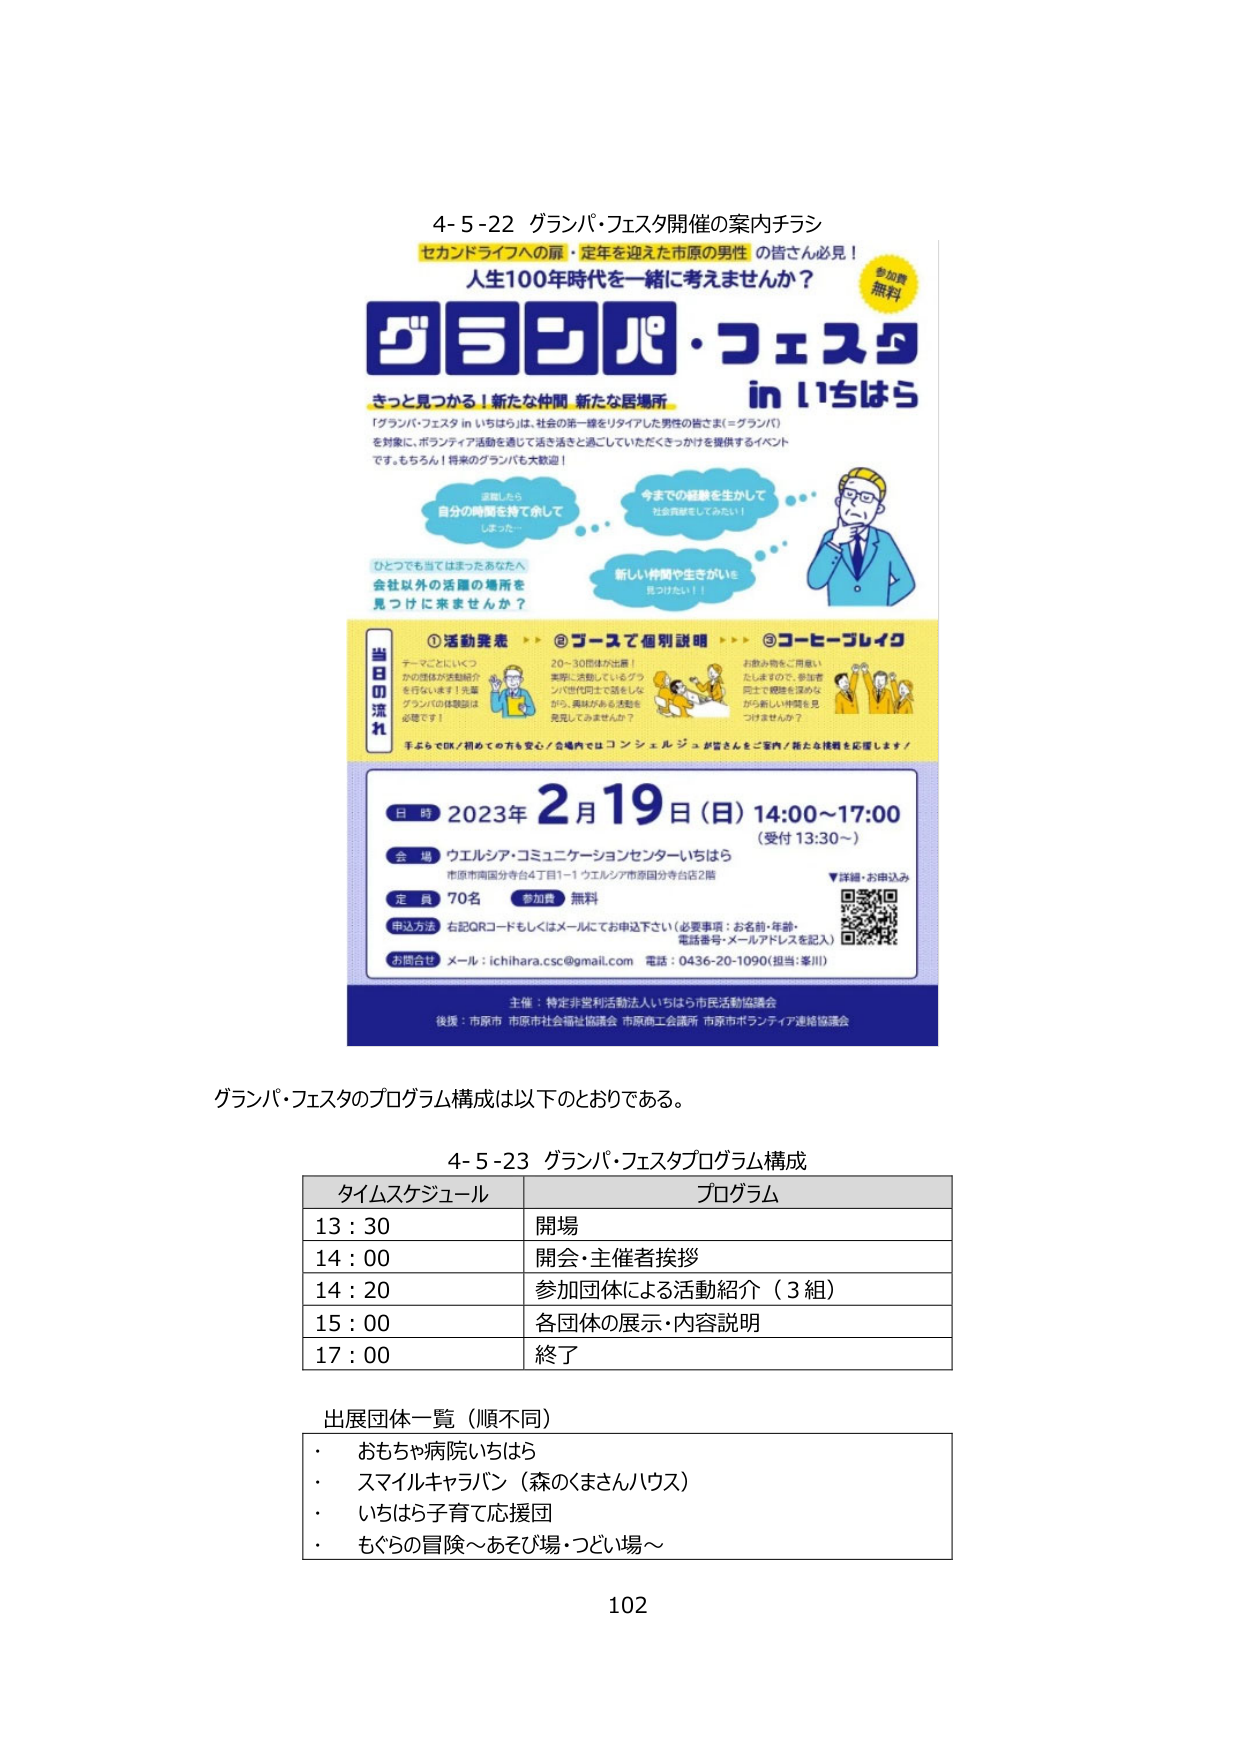
4-5-22 グランパ・フェスタ開催の案内チラシ
セカンドライフへの扉・定年を迎えた市原の男性 の皆さん必見！
人生100年時代を一緒に考えませんか？
参加費 無料

グランパ・フェスタ
in いちはら

きっと見つかる！新たな仲間 新たな居場所
「グランパ・フェスタ in いちはら」は、社会の第一線をリタイアした男性の皆さま（＝グランパ）を対象に、ボランティア活動を通じて活き活きと過ごしていただくきっかけを提供するイベントです。もちろん！将来的のグランパも大歓迎！

退職したら
自分の時間を持て余して
しまった…

今までの経験を生かして
社会貢献をしてみたい！

ひとつでも当てはまったあなたへ
会社以外の活躍の場所を
見つけに来ませんか？

新しい仲間や生きがいを
見つけたい！！

当日の流れ
① 活動発表
テーマごとにいくつかの団体が活動紹介を行います！先輩グランパの体験談は必聴です！

② ブースで個別説明
20～30団体が出展！実際に活動しているグランパ世代同士で話をしてみながら、興味のある活動を発見してみませんか？

③ コーヒーブレイク
お飲み物をご用意いたしますので、参加者同士で親睦を深めながら新しい仲間を見つけませんか？

手ぶらでOK／初めての方も安心／会場内ではコンシェルジュが皆さんをご案内／新たな挑戦を応援します！

日 時 2023年2月19日（日）14:00～17:00 （受付 13:30～）
会 場 ウエルシア・コミュニケーションセンターいちはら
市原市南国分寺台4丁目1-1 ウエルシア市原国分寺台店2階
定 員 70名 参加費 無料
申込方法 右記QRコードもしくはメールにてお申込下さい（必要事項：お名前・年齢・電話番号・メールアドレスを記入）
お問合せ メール：ichihara.csc@gmail.com 電話：0436-20-1090（担当：峯川）
▼詳細・お申込み
[QRコード]

主催：特定非営利活動法人いちはら市民活動協議会
後援：市原市 市原市社会福祉協議会 市原商工会議所 市原市ボランティア連絡協議会

グランパ・フェスタのプログラム構成は以下のとおりである。

4-5-23 グランパ・フェスタプログラム構成

| タイムスケジュール | プログラム |
|------------------|----------|
| 13:30            | 開場     |
| 14:00            | 開会・主催者挨拶 |
| 14:20            | 参加団体による活動紹介（3組） |
| 15:00            | 各団体の展示・内容説明 |
| 17:00            | 終了     |

出展団体一覧（順不同）
・ おもちゃ病院いちはら
・ スマイルキャラバン（森のくまさんハウス）
・ いちはら子育て応援団
・ もぐらの冒険～あそび場・つどい場～

102